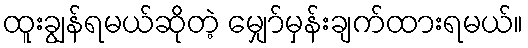
ထူးချွန်ရမယ်ဆိုတဲ့ မျှော်မှန်းချက်ထားရမယ်။